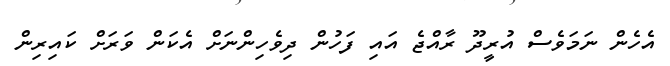
އެހެން ނަމަވެސް އުރީދޫ ރާއްޖެ އައި ފަހުން ދިވެހިންނަށް އެކަން ވަރަށް ކައިރިން